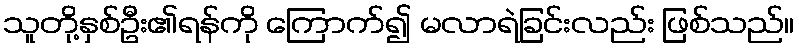
သူတို့နှစ်ဦး၏ရန်ကို ကြောက်၍ မလာရဲခြင်းလည်း ဖြစ်သည်။